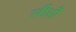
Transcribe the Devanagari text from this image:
लीऔं